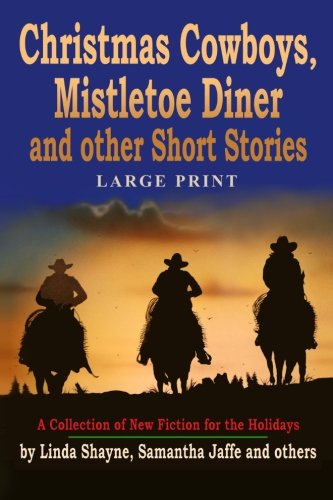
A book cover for Christmas Cowboys, Mistletoe Diner and Other Short Stories (Large Print): A Collection of New Fiction for the Holidays (LARGE PRINT); Linda Shayne; Christian Books & Bibles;